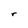
Character: r